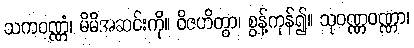
သကဝဏ္ဏံ၊ မိမိအဆင်းကို။ ဝိဇဟိတွာ၊ စွန့်ကုန်၍။ သုဝဏ္ဏဝဏ္ဏာ၊